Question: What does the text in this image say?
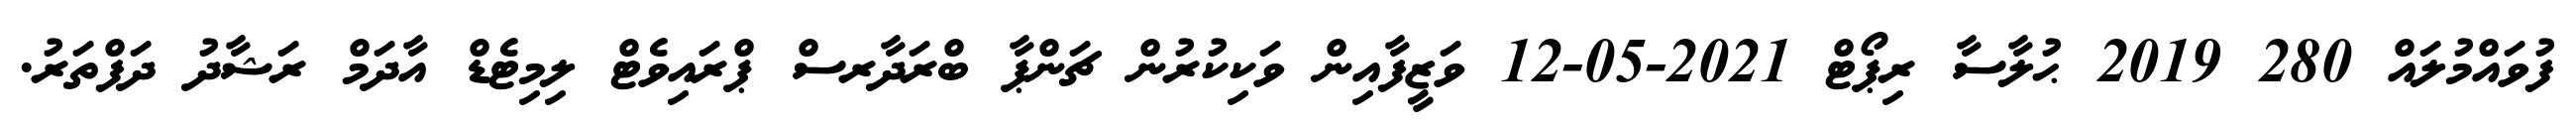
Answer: ފުވައްމުލައް 280 2019 ޙުލާސާ ރިޕޯޓް 2021-05-12 ވަޒީފާއިން ވަކިކުރުން ޗަންޕާ ބްރަދާރސް ޕްރައިވެޓް ލިމިޓެޑް އާދަމް ރަޝާދު ދަފްތަރު.